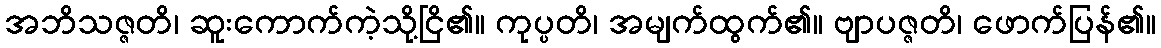
အဘိသဇ္ဇတိ၊ ဆူးကောက်ကဲ့သို့ငြိ၏။ ကုပ္ပတိ၊ အမျက်ထွက်၏။ ဗျာပဇ္ဇတိ၊ ဖောက်ပြန်၏။